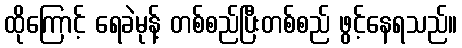
ထိုကြောင့် ရေခဲမုန့် တစ်စည်ပြီးတစ်စည် ဖွင့်နေရသည်။